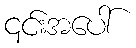
၎င်းအပေါ်